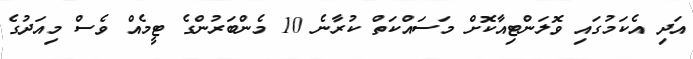
އަދި އެކަމުގައި ވޮލަންޓިއާކޮށް މަސައްކަތް ކުރާނެ 10 މެންބަރުންގެ ޓީމެއް ވެސް މިއަދުގެ